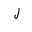
Letter: _lam